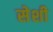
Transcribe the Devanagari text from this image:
सेशी